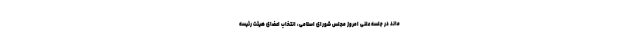
ماند در جلسه علنی امروز مجلس شورای اسلامی، انتخاب اعضای هیئت رئیسه